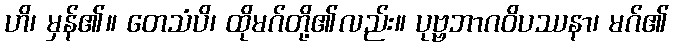
ဟိ၊ မှန်၏။ တေသံပိ၊ ထိုမဂ်တို့၏လည်း။ ပုဗ္ဗဘာဂဝိပဿနာ၊ မဂ်၏